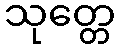
သုတ္တေ